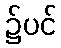
၌ပင်